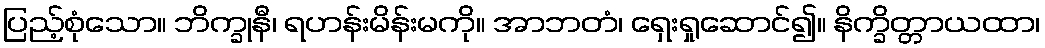
ပြည့်စုံသော။ ဘိက္ခုနီ၊ ရဟန်းမိန်းမကို။ အာဘတံ၊ ရှေးရှုဆောင်၍။ နိက္ခိတ္တာယထာ၊